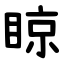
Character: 䁁